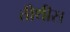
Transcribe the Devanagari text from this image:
तीथीस